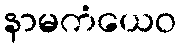
နာမကံယေဝ